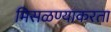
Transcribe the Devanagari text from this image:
मिसळण्याकरता